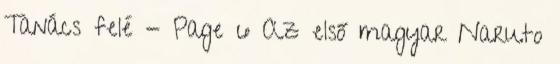
Tanács felé - Page 6 Az első magyar Naruto